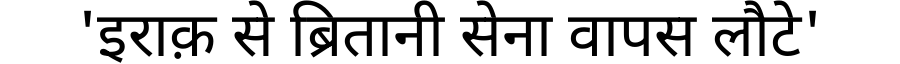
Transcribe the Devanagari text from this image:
'इराक़ से ब्रितानी सेना वापस लौटे'